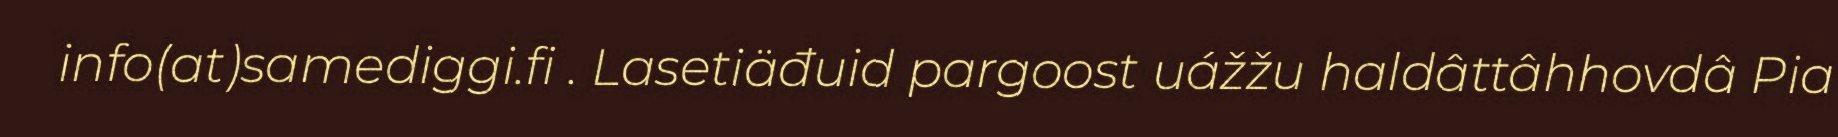
info(at)samediggi.fi . Lasetiäđuid pargoost uážžu haldâttâhhovdâ Pia